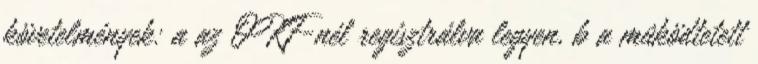
követelmények: a az OKF-nél regisztrálva legyen, b a mûködtetett